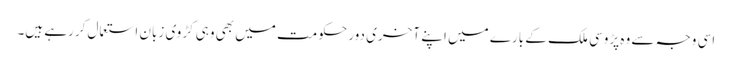
اسی وجہ سے وہ پڑوسی ملک کے بارے میں اپنے آخری دور حکومت میں بھی وہی کڑوی زبان استعمال کررہے ہیں۔